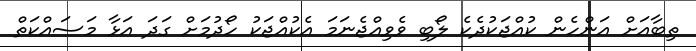
ތިބާއަށް އަންހެން ކުއްޖަކުދެކެ ލޯބި ވެވިއްޖެނަމަ އެކުއްޖަކު ހޯދުމަށް ގަދަ އަޅާ މަސައްކަތް